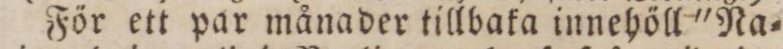
För ett par månader tillbaka innehöll 'Na=